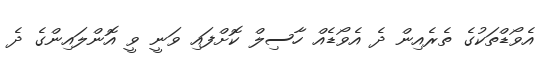
އެވޯޑްތަކުގެ ތެރެއިން ދެ އެވޯޑެއް ހާސިލް ކޮށްފައި ވަނީ ވީ އޮންލައިންގެ ދެ